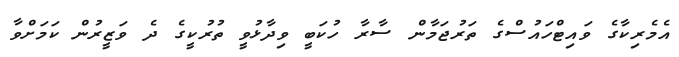
އެމެރިކާގެ ވައިޓްހައުސްގެ ތަރުޖަމާން ސާރާ ހުކަބީ ވިދާޅުވީ ތުރުކީގެ ދެ ވަޒީރުން ކަމަށްވާ